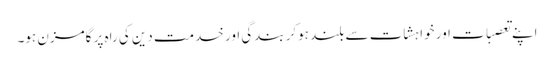
اپنے تعصبات اور خواہشات سے بلند ہوکر بندگی اور خدمت دین کی راہ پر گامزن ہو۔